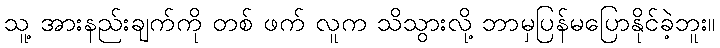
သူ့ အားနည်းချက်ကို တစ် ဖက် လူက သိသွားလို့ ဘာမှပြန်မပြောနိုင်ခဲ့ဘူး။